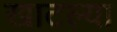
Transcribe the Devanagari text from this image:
खाटल्या